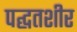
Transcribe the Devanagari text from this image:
पद्घतशीर